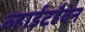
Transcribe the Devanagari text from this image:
व्हाईटहैवेन